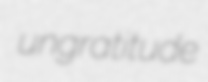
ungratitude